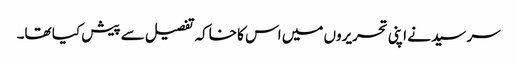
سر سید نے اپنی تحریروں میں اس کا خاکہ تفصیل سے پیش کیا تھا۔